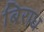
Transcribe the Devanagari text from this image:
बिराध